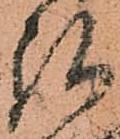
弘